Election expenses, 1928, 1928
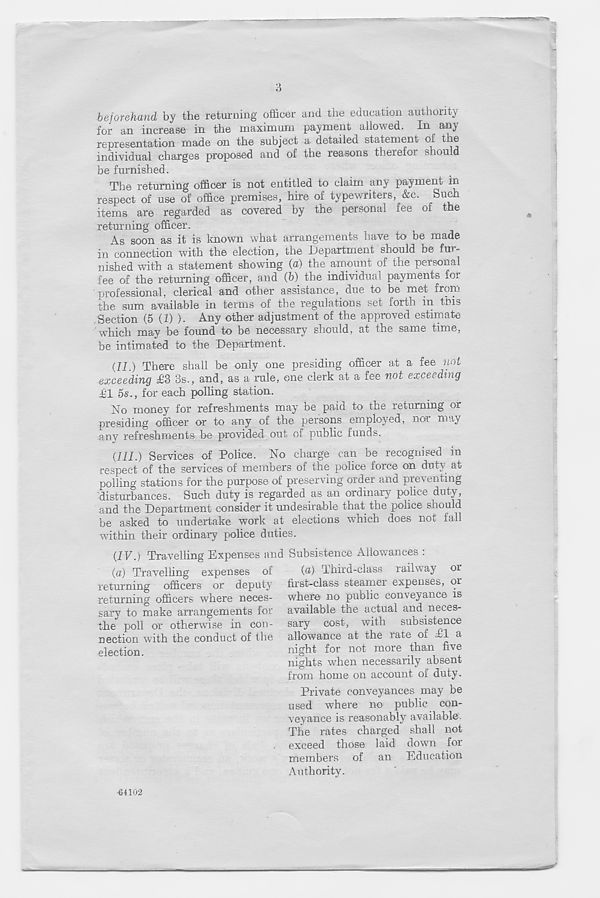
a
beforehand by the returning officer and the education authority
for an increase in the maximum payment allowed. In any
representation made on the subject a detailed statement of the
individual charges proposed and of the reasons therefor should
be furnished.
The returning officer is not entitled to claim any payment in
respect of use of office premises, hire of typewriters, &c. Such
items are regarded as covered by the personal fee of the
returning officer.
As soon as it is known what arrangements have to be made
in connection with the election, the Department should be fur-
nished with a statement showing (a) the amount of the personal
fee of the returning officer, and (b) the individual payments for
professional, clerical and other assistance, due to be met from
the sum available in terms of the regulations set forth m this
Section (5 (1) ). Any other adjustment of the approved estimate
which may be found to be necessary should, at the same time,
be intimated to the Department.
(II.) There shall be only one presiding officer at a fee Jiot
exceeding T3 3s., and, as a rule, one clerk at a fee not exceeding
£1 5s., for each polling station.
No money for refreshments may be paid to the returning or
presiding officer or to any of the persons employed, nor may
any refreshments be provided out of public funds.
(III.) Services of Police. No charge can be recognised in
respect of the services of members of the police force on duty at
polling stations for the purpose of preserving order and preventing
disturbances. Such duty is regarded as an ordinary police duty,
and the Department consider it undesirable that the police should
be asked to undertake work at elections which does not fall
within their ordinary police duties.
(IF.) Travelling Expenses and Subsistence Allowances :
(a) Travelling expenses of
returning officers or deputy
returning officers where neces-
sary to make arrangements for
the poll or otherwise in con-
nection with the conduct of the
election.
(a) Third-class railway or
first-class steamer expenses, or
where no public conveyance is
available the actual and neces-
sary cost, with subsistence
allowance at the rate of Tl a
night for not more than five
nights when necessarily absent
from home on account of duty.
Private conveyances may be
used where no public con-
veyance is reasonably available.
The rates charged shall not
exceed those laid down for
members of an Education
Authority.
64102